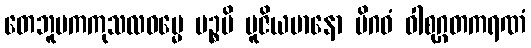
တေဘူမကကုသလဓမ္မေ ပဉ္စမိ ပူဇိယမာနော မိဂဝံ ဝါစုဂ္ဂတကရဏံ